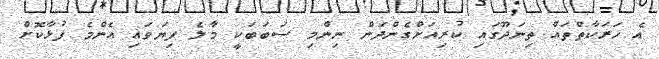
އެ ހަރަކާތްތައް ތިނަދޫގައި ކުރިއަށްގެންދަން ނިންމި ސަބަބަކީ މާލެ ފިޔަވައި އެންމެ ފުޅާކޮށް